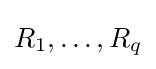
R_{1},\ldots ,R_{q}